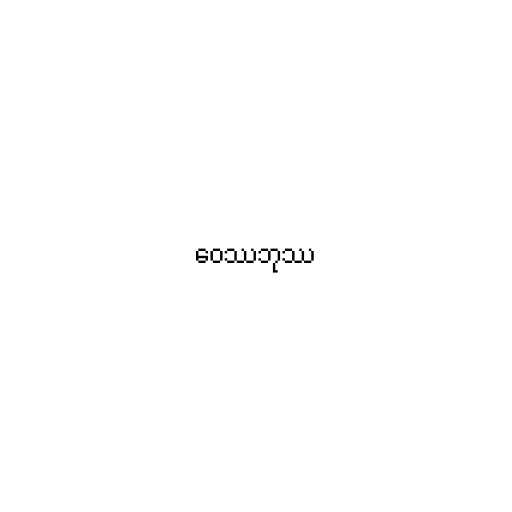
ဝေဿဘုဿ